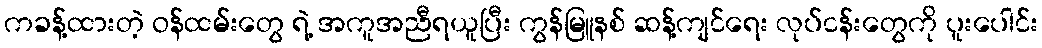
ကခန့်ထားတဲ့ ဝန်ထမ်းတွေ ရဲ့ အကူအညီရယူပြီး ကွန်မြူနစ် ဆန့်ကျင်ရေး လုပ်ငန်းတွေကို ပူးပေါင်း